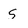
Character: S